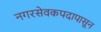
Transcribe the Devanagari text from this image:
नगरसेवकपदापासून